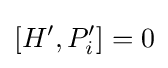
[H',P'_{i}]=0\,\!